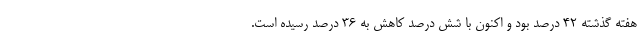
هفته گذشته ۴۲ درصد بود و اکنون با شش درصد کاهش به ۳۶ درصد رسیده است.